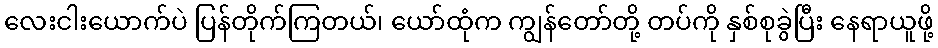
လေးငါးယောက်ပဲ ပြန်တိုက်ကြတယ်၊ ယော်ထုံက ကျွန်တော်တို့ တပ်ကို နှစ်စုခွဲပြီး နေရာယူဖို့